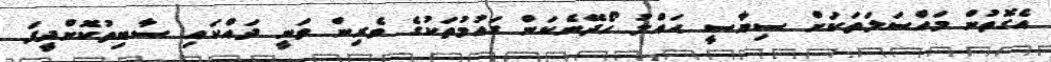
އެގޮތުން މައްސަލަތަކަށް ސިޔާސީ ޙައްލު ހޯދޭނެކަން ގައުމުތަކުގެ ވެރިން ވަނީ ދައްކައި ސާބިތުކޮށްދީފަ